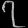
Digit: ၇